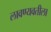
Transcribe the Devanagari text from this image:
लावण्यवतीला